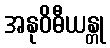
အနုဝိဓီယန္တု